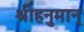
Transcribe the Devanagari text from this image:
श्रीहनुमान्